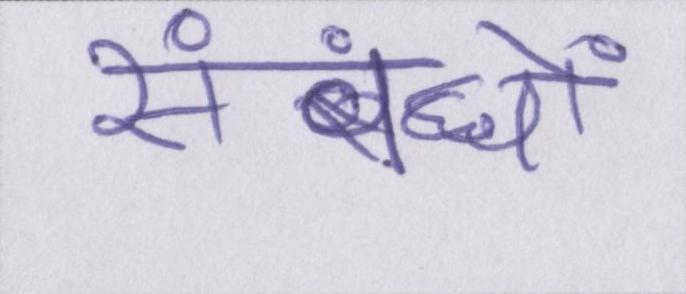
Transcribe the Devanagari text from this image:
संबंधों